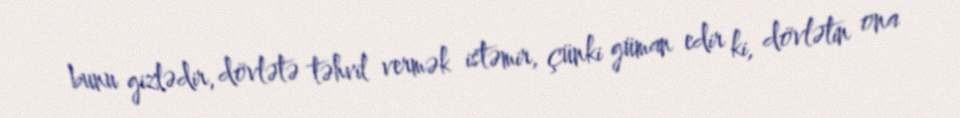
bunu gizlədir, dövlətə təhvil vermək istəmir, çünki güman edir ki, dövlətin ona